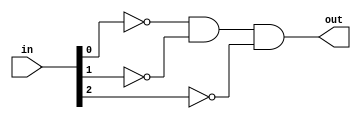
module COMBLOGFETCH
(
input [2:0] in,
output out
);
assign out= ~in[0] & ~in[1] & ~in[2];
endmodule